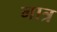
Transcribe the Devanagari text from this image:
गात्र